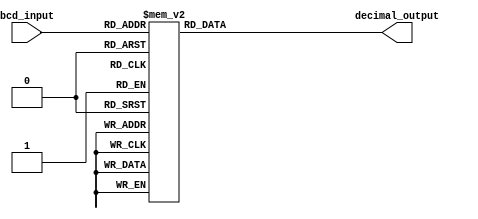
module bcd_decoder(
    input [3:0] bcd_input,
    output reg [3:0] decimal_output
);

always @(*) begin
    case(bcd_input)
        4'b0000: decimal_output = 4'b0000; // 0
        4'b0001: decimal_output = 4'b0001; // 1
        4'b0010: decimal_output = 4'b0010; // 2
        4'b0011: decimal_output = 4'b0011; // 3
        4'b0100: decimal_output = 4'b0100; // 4
        4'b0101: decimal_output = 4'b0101; // 5
        4'b0110: decimal_output = 4'b0110; // 6
        4'b0111: decimal_output = 4'b0111; // 7
        4'b1000: decimal_output = 4'b1000; // 8
        4'b1001: decimal_output = 4'b1001; // 9
        default: decimal_output = 4'b0000; // Default output is 0
    endcase
end

endmodule